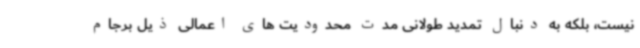
نیست، بلکه به دنبال تمدید طولانی مدت محدودیت های اعمالی ذیل برجام